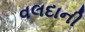
વલદાની